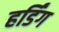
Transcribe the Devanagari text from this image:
हर्डिंग